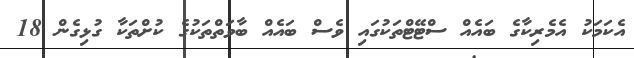
އެކަމަކު އެމެރިކާގެ ބައެއް ސްޓޭޓްތަކުގައި ވެސް ބައެއް ބާވަތްތަކުގެ ކުށްތަކާ ގުޅިގެން 18